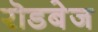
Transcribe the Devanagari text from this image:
रॊडबेज